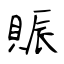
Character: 賑